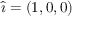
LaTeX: { \boldsymbol { \hat { \imath } } } = ( 1 , 0 , 0 )